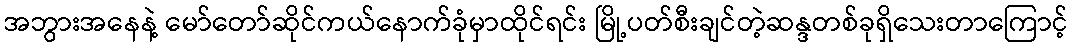
အဘွားအနေနဲ့ မော်တော်ဆိုင်ကယ်နောက်ခုံမှာထိုင်ရင်း မြို့ပတ်စီးချင်တဲ့ဆန္ဒတစ်ခုရှိသေးတာကြောင့်